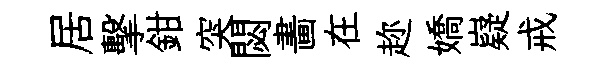
居擊鉗突閟畵在趂嬌嶷戒